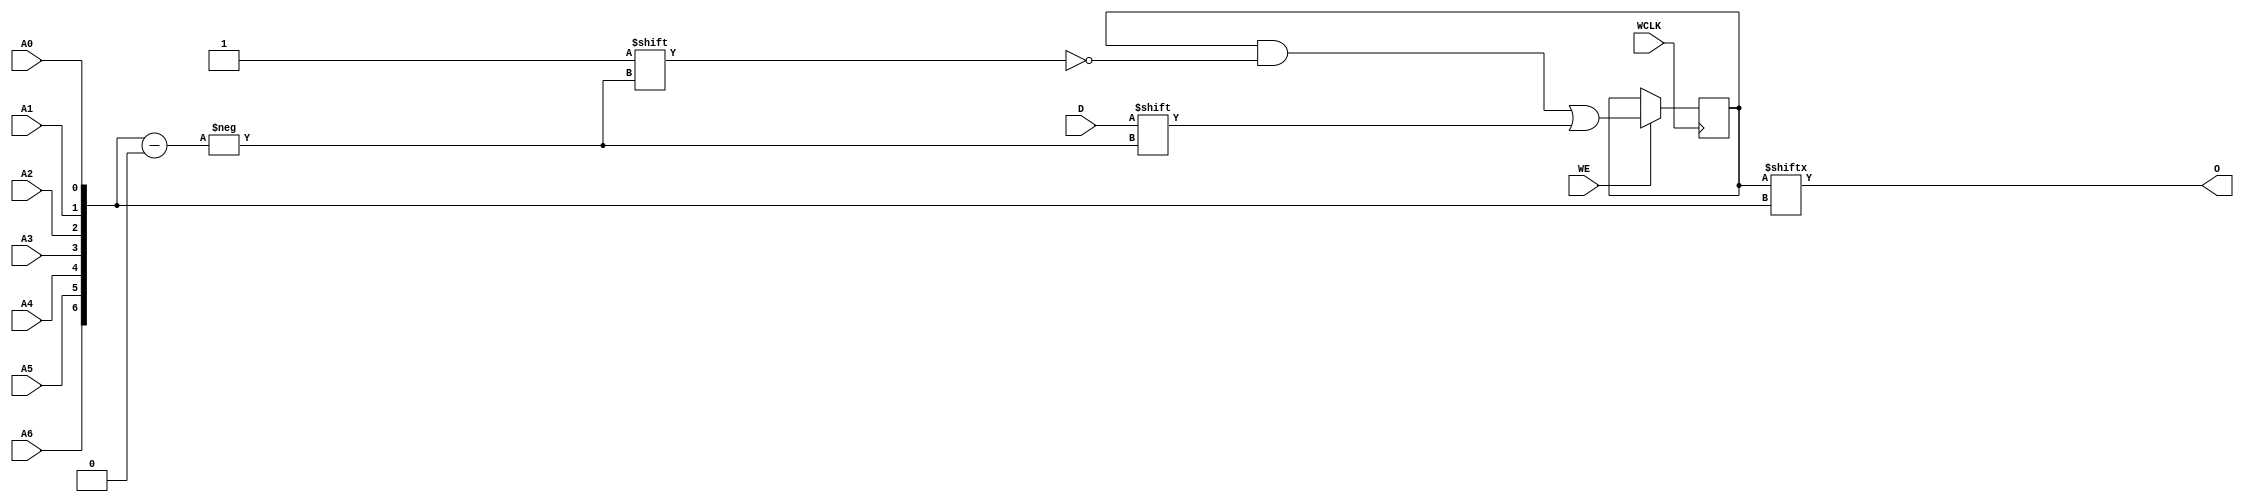
module RAM128X1S_1 (O, A0, A1, A2, A3, A4, A5, A6, D, WCLK, WE);

    parameter INIT = 128'h00000000000000000000000000000000;

    output O;

    input  A0, A1, A2, A3, A4, A5, A6, D, WCLK, WE;

    reg  [127:0] mem;
    wire [6:0] adr;

    assign adr = {A6, A5, A4, A3, A2, A1, A0};
    assign O = mem[adr];

    initial 
        mem = INIT;

    always @(negedge WCLK) 
        if (WE == 1'b1)
            mem[adr] <= #100 D;

endmodule